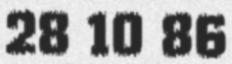
28 10 86